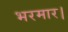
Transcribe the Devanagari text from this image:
भरमार।